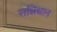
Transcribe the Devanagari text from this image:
सन्निधान